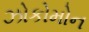
ઝોકોમોન